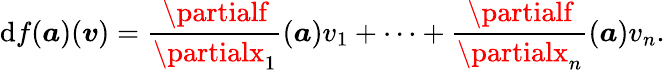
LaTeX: \mathrm{d}f({\boldsymbol{a}})({\boldsymbol{v}})={\frac{{\partialf}}{{\partialx_{1}}}}({\boldsymbol{a}})v_{1}+\cdots+{\frac{{\partialf}}{{\partialx_{n}}}}({\boldsymbol{a}})v_{n}.